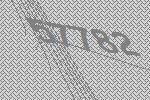
57782